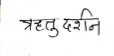
मजकूर: ऋतु दर्शन